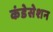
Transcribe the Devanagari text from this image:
कंडेसेशन